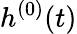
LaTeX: h^{(0)}(t)